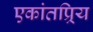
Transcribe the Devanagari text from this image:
एकांतप्र्रिय